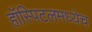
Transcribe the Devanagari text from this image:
हॉस्पिटलमध्येच